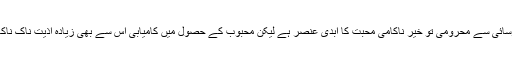
گوہر مقصود تک رسائی سے محرومی تو خیر ناکامی محبت کا ابدی عنصر ہے لیکن محبوب کے حصول میں کامیابی اس سے بھی زیادہ اذیت ناک ناکامی ثابت ہوتی ہے۔